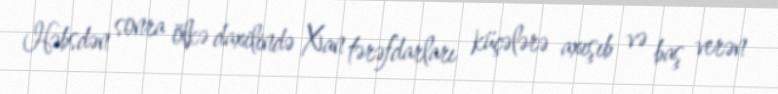
Həbsdən sonra ölkə daxilində Xan tərəfdarları küçələrə axışıb və baş verən